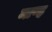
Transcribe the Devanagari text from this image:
माण्ह